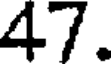
47.